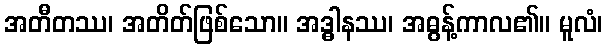
အတီတဿ၊ အတိတ်ဖြစ်သော။ အဒ္ဓါနဿ၊ အဓွန့်ကာလ၏။ မူလံ၊